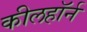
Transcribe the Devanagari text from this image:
कीलहॉर्न